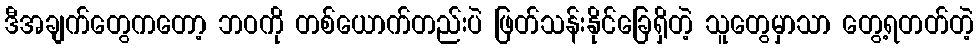
ဒီအချက်တွေကတော့ ဘဝကို တစ်ယောက်တည်းပဲ ဖြတ်သန်းနိုင်ခြေရှိတဲ့ သူတွေမှာသာ တွေ့ရတတ်တဲ့